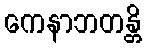
ကေနာဘတန္တိ